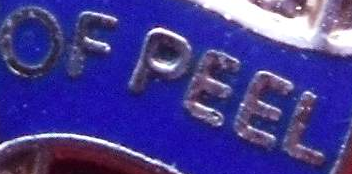
OF PEEL